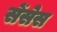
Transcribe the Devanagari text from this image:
सेंसेस